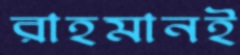
রাহমানই